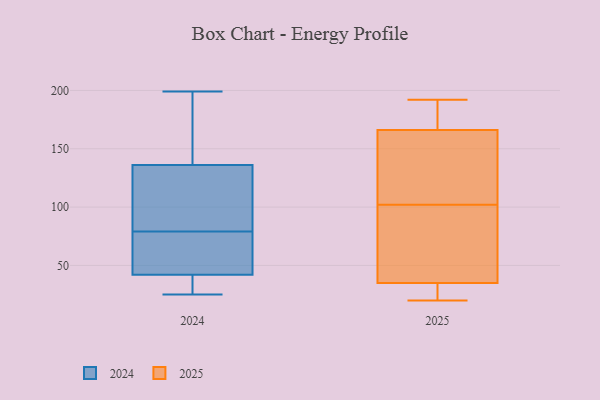
{"axis": {"x": "Bounce Rate (%)", "y": "Value"}, "legend": ["2024", "2025"], "data": [{"x": "", "y": 34, "type": "2024"}, {"x": "", "y": 25, "type": "2024"}, {"x": "", "y": 61, "type": "2024"}, {"x": "", "y": 31, "type": "2024"}, {"x": "", "y": 199, "type": "2024"}, {"x": "", "y": 73, "type": "2024"}, {"x": "", "y": 127, "type": "2024"}, {"x": "", "y": 171, "type": "2024"}, {"x": "", "y": 37, "type": "2024"}, {"x": "", "y": 68, "type": "2024"}, {"x": "", "y": 47, "type": "2024"}, {"x": "", "y": 89, "type": "2024"}, {"x": "", "y": 85, "type": "2024"}, {"x": "", "y": 149, "type": "2024"}, {"x": "", "y": 133, "type": "2024"}, {"x": "", "y": 139, "type": "2024"}, {"x": "", "y": 56, "type": "2025"}, {"x": "", "y": 27, "type": "2025"}, {"x": "", "y": 166, "type": "2025"}, {"x": "", "y": 95, "type": "2025"}, {"x": "", "y": 192, "type": "2025"}, {"x": "", "y": 20, "type": "2025"}, {"x": "", "y": 25, "type": "2025"}, {"x": "", "y": 109, "type": "2025"}, {"x": "", "y": 186, "type": "2025"}, {"x": "", "y": 175, "type": "2025"}, {"x": "", "y": 35, "type": "2025"}, {"x": "", "y": 142, "type": "2025"}, {"x": "", "y": 124, "type": "2025"}, {"x": "", "y": 59, "type": "2025"}]}